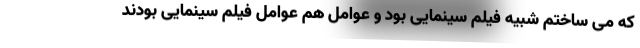
که می ساختم شبیه فیلم سینمایی بود و عوامل هم عوامل فیلم سینمایی بودند